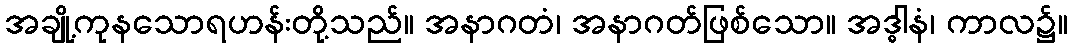
အချို့ကုနသောရဟန်းတို့သည်။ အနာဂတံ၊ အနာဂတ်ဖြစ်သော။ အဒ္ဓါနံ၊ ကာလ၌။